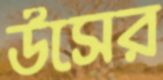
উসের